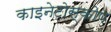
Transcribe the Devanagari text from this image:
काइनेटोस्कोप